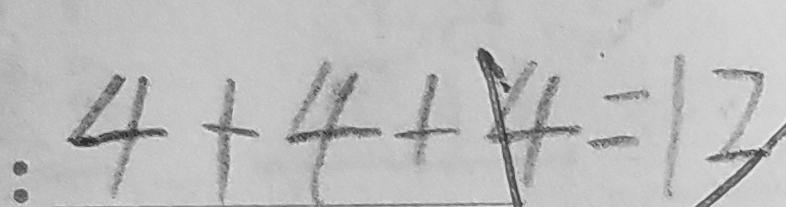
4 + 4 + 4 = 1 2